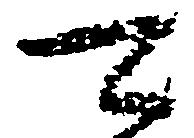
可